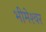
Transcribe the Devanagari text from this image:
भीमेश्‍वर